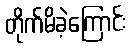
တိုက်မိခဲ့ကြောင်း